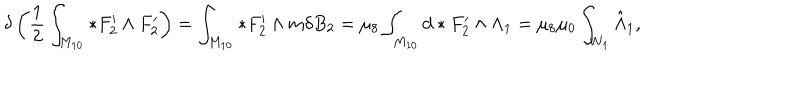
\delta \left( { \frac { 1 } { 2 } } \int _ { M _ { 1 0 } } * F _ { 2 } ^ { \prime } \wedge F _ { 2 } ^ { \prime } \right) = \int _ { M _ { 1 0 } } * F _ { 2 } ^ { \prime } \wedge m \delta B _ { 2 } = \mu _ { 8 } \int _ { M _ { 1 0 } } d * F _ { 2 } ^ { \prime } \wedge \Lambda _ { 1 } = \mu _ { 8 } \mu _ { 0 } \int _ { W _ { 1 } } \hat { \Lambda } _ { 1 } ,